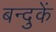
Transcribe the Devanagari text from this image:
बन्दुकें